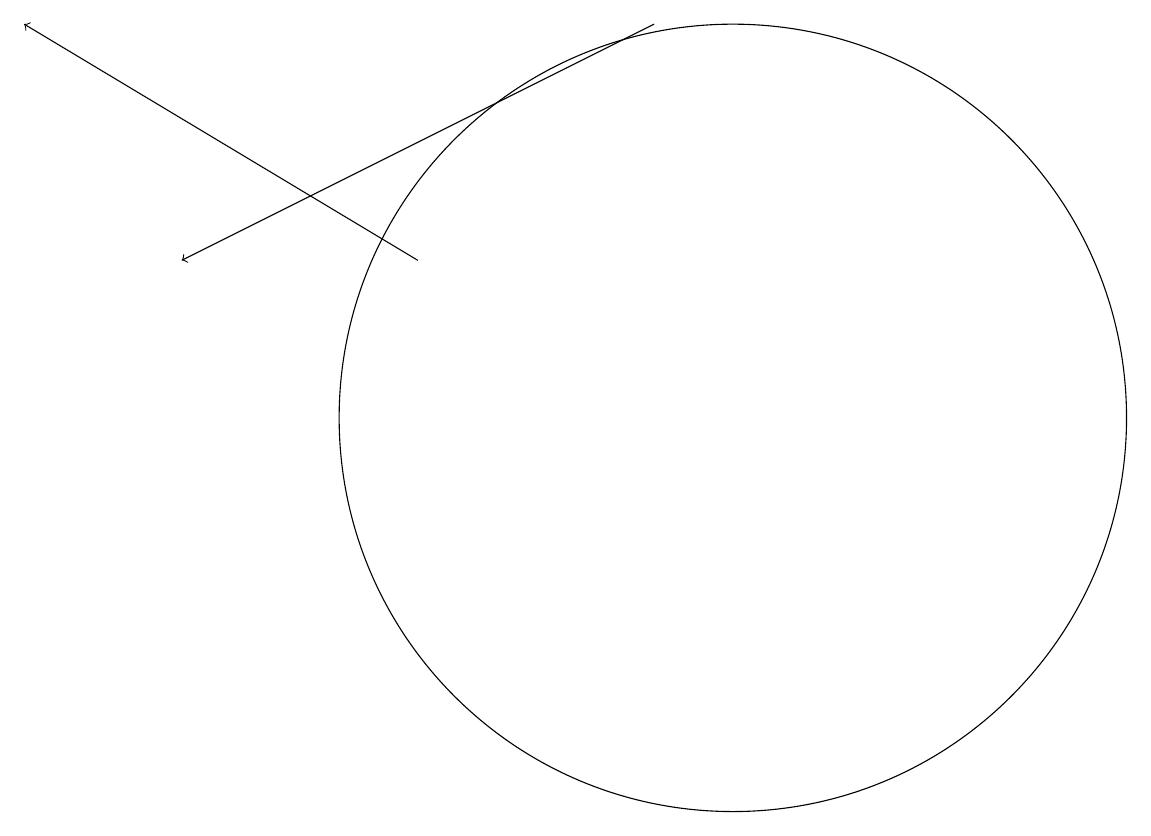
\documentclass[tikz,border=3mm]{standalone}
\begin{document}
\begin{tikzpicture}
\draw[->] (9,16) -- (3,13);
\draw[->] (6,13) -- (1,16);
\draw (10,11) circle (5);
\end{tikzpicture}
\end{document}